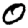
Digit: 0